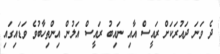
ދެ ވަނަ ދައުރަކަށް ރައީސް އާއި ނައިބު ރައީސް އަލުން އިންތިހާބުވެ ވަޑައިގައި